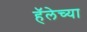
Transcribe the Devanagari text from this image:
हॅलेच्या